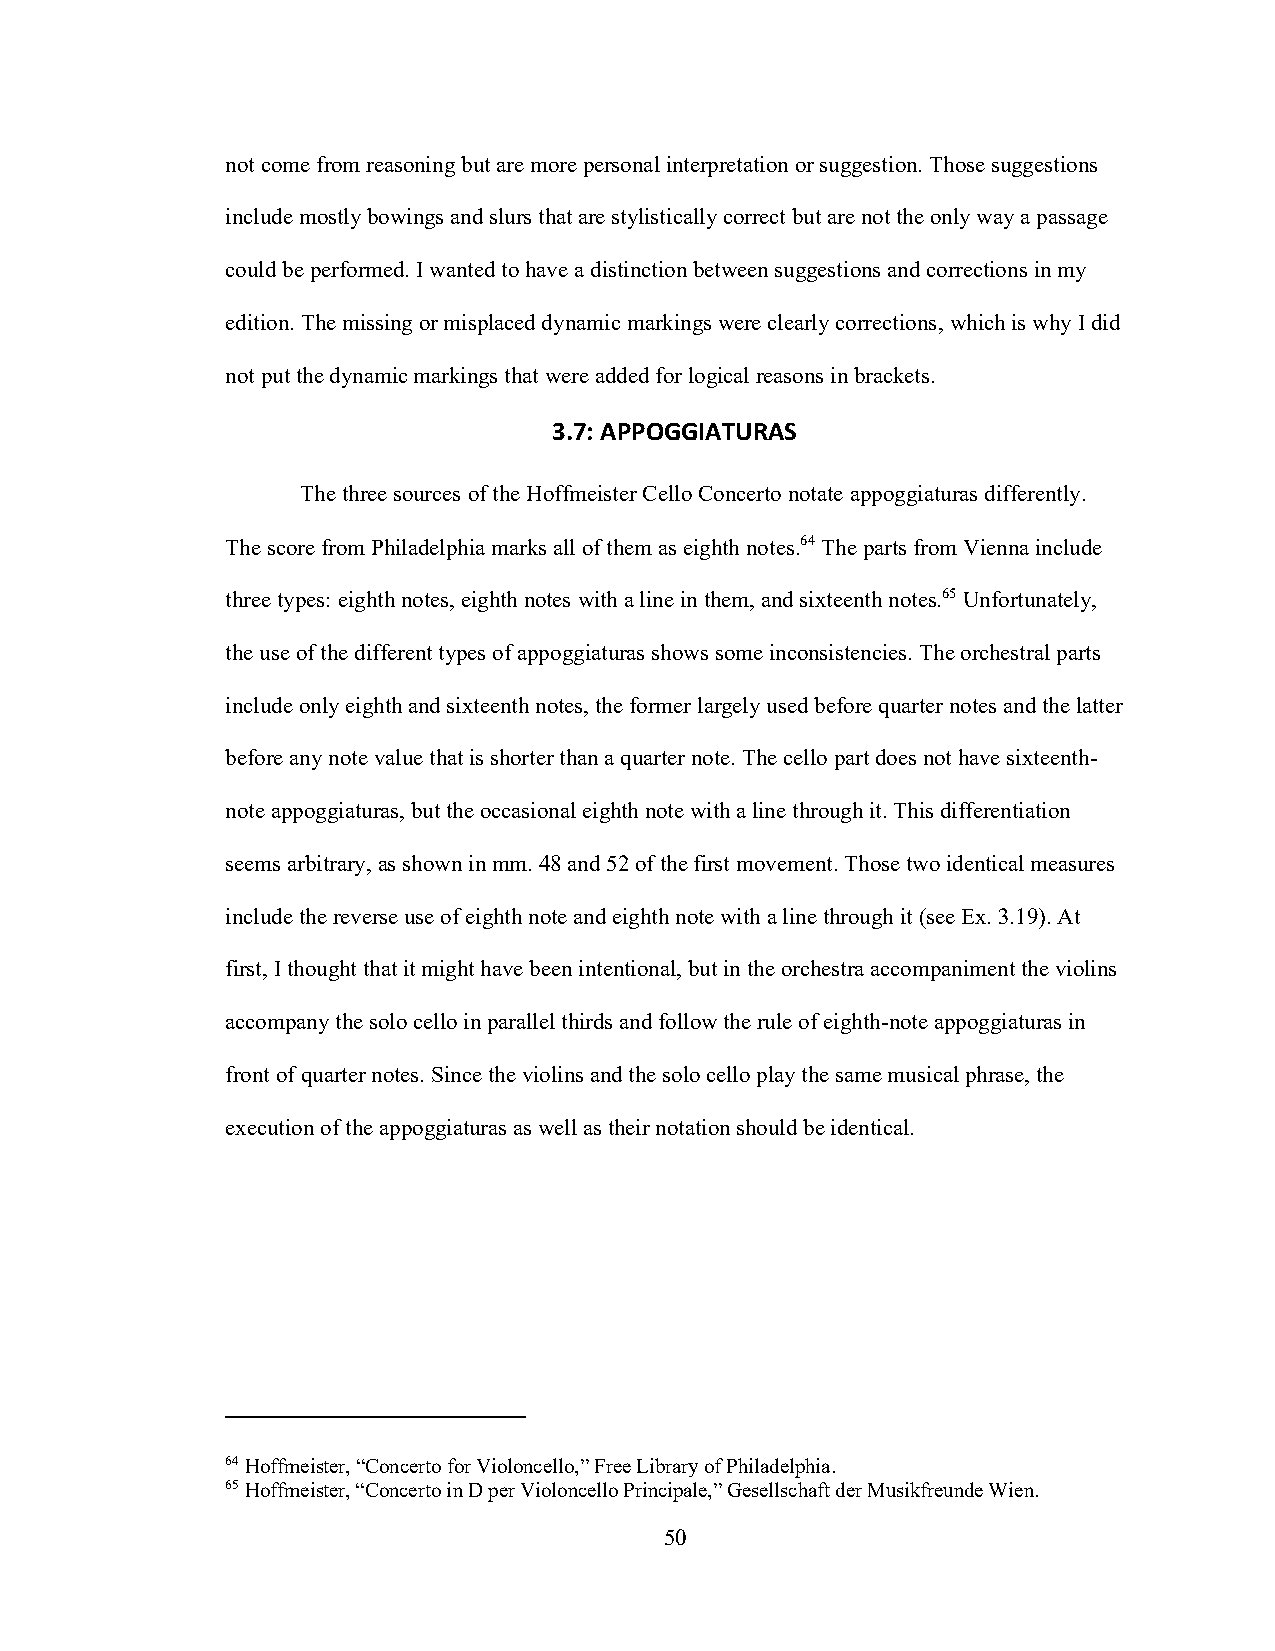
not come from reasoning but are more personal interpretation or suggestion. Those suggestions
 include mostly bowings and slurs that are stylistically correct but are not the only way a passage
 could be performed. I wanted to have a distinction between suggestions and corrections in my
 edition. The missing or misplaced dynamic markings were clearly corrections, which is why I did
 not put the dynamic markings that were added for logical reasons in brackets.
 3.7: APPOGGIATURAS
 The three sources of the Hoffmeister Cello Concerto notate appoggiaturas differently.
 The score from Philadelphia marks all of them as eighth notes.64 The parts from Vienna include
 three types: eighth notes, eighth notes with a line in them, and sixteenth notes.65 Unfortunately,
 the use of the different types of appoggiaturas shows some inconsistencies. The orchestral parts
 include only eighth and sixteenth notes, the former largely used before quarter notes and the latter
 before any note value that is shorter than a quarter note. The cello part does not have sixteenth-
 note appoggiaturas, but the occasional eighth note with a line through it. This differentiation
 seems arbitrary, as shown in mm. 48 and 52 of the first movement. Those two identical measures
 include the reverse use of eighth note and eighth note with a line through it (see Ex. 3.19). At
 first, I thought that it might have been intentional, but in the orchestra accompaniment the violins
 accompany the solo cello in parallel thirds and follow the rule of eighth-note appoggiaturas in
 front of quarter notes. Since the violins and the solo cello play the same musical phrase, the
 execution of the appoggiaturas as well as their notation should be identical.
 64 Hoffmeister, “Concerto for Violoncello,” Free Library of Philadelphia.
 65 Hoffmeister, “Concerto in D per Violoncello Principale,” Gesellschaft der Musikfreunde Wien.
 50